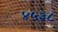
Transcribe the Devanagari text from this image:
४५३८